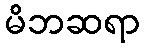
မိဘဆရာ